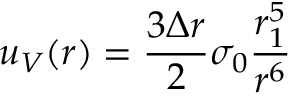
u _ { V } ( r ) = \frac { 3 \Delta r } { 2 } \sigma _ { 0 } \frac { r _ { 1 } ^ { 5 } } { r ^ { 6 } }